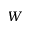
W